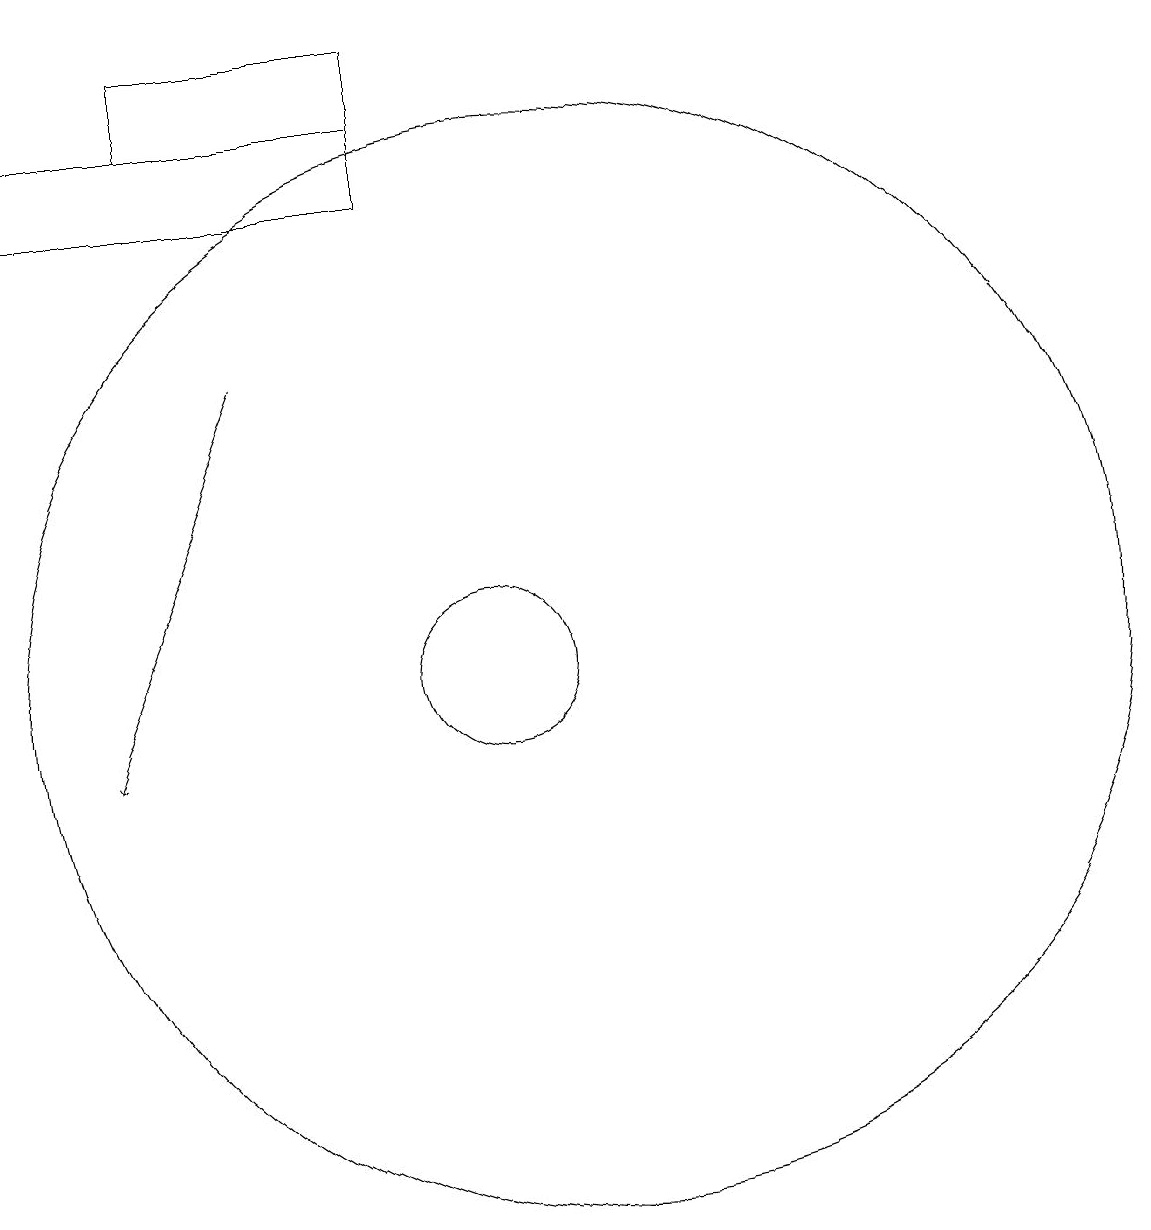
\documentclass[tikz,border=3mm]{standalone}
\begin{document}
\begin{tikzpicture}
\draw (9,19) rectangle (6,18);
\draw (4,18) rectangle (9,17);
\draw[->] (7,15) -- (5,10);
\draw (11,11) circle (7);
\draw (10,11) circle (1);
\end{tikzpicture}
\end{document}